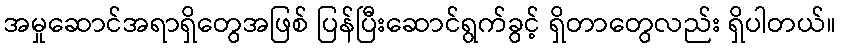
အမှုဆောင်အရာရှိတွေအဖြစ် ပြန်ပြီးဆောင်ရွက်ခွင့် ရှိတာတွေလည်း ရှိပါတယ်။